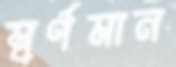
স্বর্ণমান